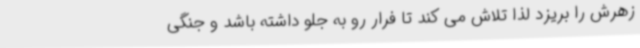
زهرش را بریزد لذا تلاش می کند تا فرار رو به جلو داشته باشد و جنگی